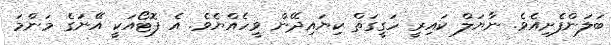
ބަލަންފެށިއެވެ. ނާޔަލް ކައިރީ ހަގީގަތް ކިޔައިދޭން ވީހެއްޔެވެ. އެ ފޮޓޯއަކީ އޭނަގެ މަންމަ